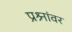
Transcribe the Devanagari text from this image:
प्रश्र्नांवर